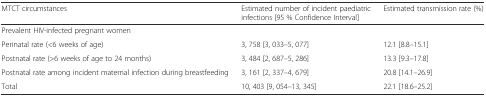
<table><thead><tr><td><b>MTCT circumstances</b></td><td><b>Estimated number of incident paediatric infections [95 % Confidence Interval]</b></td><td><b>Estimated transmission rate (%)</b></td></tr></thead><tbody><tr><td>Prevalent HIV-infected pregnant women</td><td></td><td></td></tr><tr><td>Perinatal rate (&lt;6 weeks of age)</td><td>3, 758 [3, 033–5, 077]</td><td>12.1 [8.8–15.1]</td></tr><tr><td>Postnatal rate (&gt;6 weeks of age to 24 months)</td><td>3, 484 [2, 687–5, 286]</td><td>13.3 [9.3–17.8]</td></tr><tr><td>Postnatal rate among incident maternal infection during breastfeeding</td><td>3, 161 [2, 337–4, 679]</td><td>20.8 [14.1–26.9]</td></tr><tr><td>Total</td><td>10, 403 [9, 054–13, 345]</td><td>22.1 [18.6–25.2]</td></tr></tbody></table>